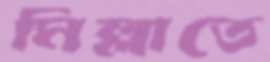
মিল্লাতে